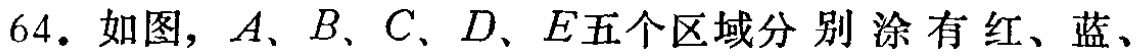
64. 如图，$A、B、C、D、E$五个区域分别涂有红、蓝、